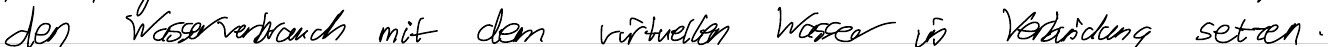
den Wasserverbrauch mit dem virtuellen Wasser in Verbindung setzen.